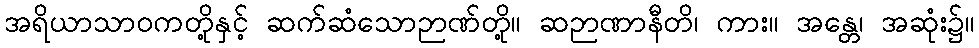
အရိယာသာဝကတို့နှင့် ဆက်ဆံသောဉာဏ်တို့။ ဆဉာဏာနီတိ၊ ကား။ အန္တေ၊ အဆုံး၌။